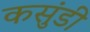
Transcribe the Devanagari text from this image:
कसुंडी